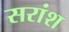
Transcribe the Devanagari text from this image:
सरांश